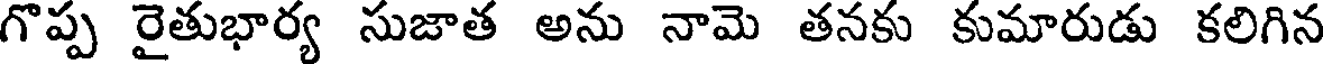
గొప్ప రైతుభార్య సుజాత అను నామె తనకు కుమారుడు కలిగిన